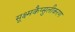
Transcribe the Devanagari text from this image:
सूक्ष्मकैप्सुलीकरण